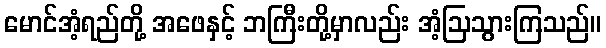
မောင်အံ့ရည်တို့ အဖေနှင့် ဘကြီးတို့မှာလည်း အံ့ဩသွားကြသည်။